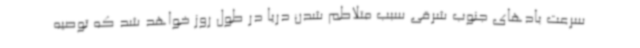
سرعت بادهای جنوب شرقی سبب متلاطم شدن دریا در طول روز خواهد شد که توصیه